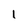
Character: 1